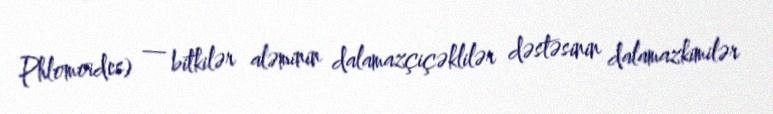
Phlomoides) — bitkilər aləminin dalamazçiçəklilər dəstəsinin dalamazkimilər